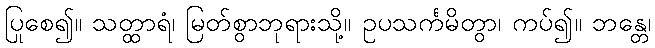
ပြုစေ၍။ သတ္ထာရံ၊ မြတ်စွာဘုရားသို့။ ဥပသင်္ကမိတွာ၊ ကပ်၍။ ဘန္တေ၊